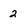
Character: 2